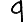
Digit: 9